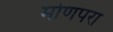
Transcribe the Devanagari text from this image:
मोणपरा